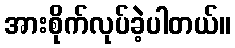
အားစိုက်လုပ်ခဲ့ပါတယ်။